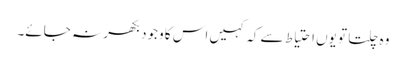
وہ چلتا تو یوں احتیاط سے کہ کہیں اس کا وجود بکھر نہ جائے۔